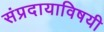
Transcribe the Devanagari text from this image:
संप्रदायाविषयी